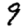
Digit: 9